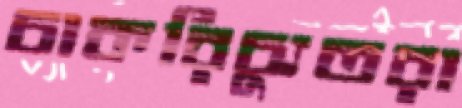
চাকরিচ্যুতরা